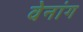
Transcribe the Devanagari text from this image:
वेनांग